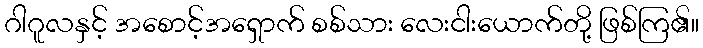
ဂါဂူလနှင့် အစောင့်အရှောက် စစ်သား လေးငါးယောက်တို့ ဖြစ်ကြ၏။